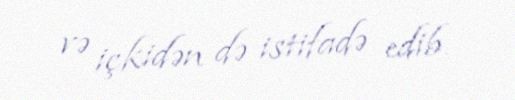
və içkidən də istifadə edib.